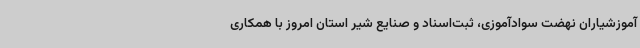
آموزشیاران نهضت سوادآموزی، ثبت‌اسناد و صنایع شیر استان امروز با همکاری